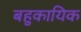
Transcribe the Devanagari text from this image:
बहुकायिक